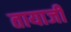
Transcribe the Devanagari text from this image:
तायाजी